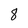
Character: 8